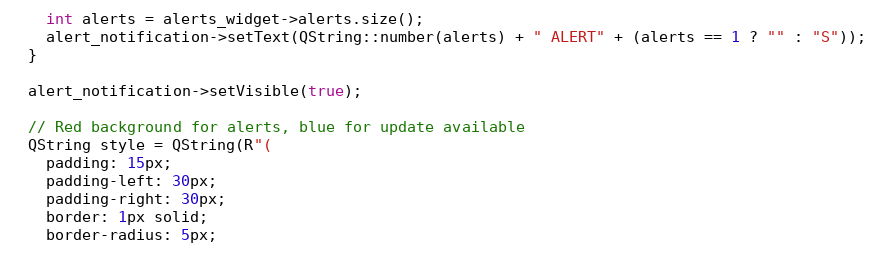
Language: C++
    int alerts = alerts_widget->alerts.size();
    alert_notification->setText(QString::number(alerts) + " ALERT" + (alerts == 1 ? "" : "S"));
  }

  alert_notification->setVisible(true);

  // Red background for alerts, blue for update available
  QString style = QString(R"(
    padding: 15px;
    padding-left: 30px;
    padding-right: 30px;
    border: 1px solid;
    border-radius: 5px;